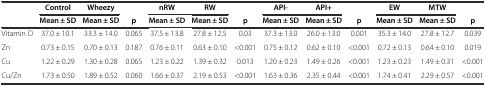
<table><thead><tr><td></td><td><b>Control</b></td><td><b>Wheezy</b></td><td></td><td><b>nRW</b></td><td><b>RW</b></td><td></td><td><b>API-</b></td><td><b>API+</b></td><td></td><td><b>EW</b></td><td><b>MTW</b></td><td></td></tr><tr><td></td><td><b>Mean ± SD</b></td><td><b>Mean ± SD</b></td><td><b>p</b></td><td><b>Mean ± SD</b></td><td><b>Mean ± SD</b></td><td><b>p</b></td><td><b>Mean ± SD</b></td><td><b>Mean ± SD</b></td><td><b>p</b></td><td><b>Mean ± SD</b></td><td><b>Mean ± SD</b></td><td><b>p</b></td></tr></thead><tbody><tr><td>Vitamin D</td><td>37.0 ± 10.1</td><td>33.3 ± 14.0</td><td>0.065</td><td>37.5 ± 13.8</td><td>27.8 ± 12.5</td><td>0.03</td><td>37.3 ± 13.0</td><td>26.0 ± 13.0</td><td>0.001</td><td>35.3 ± 14.0</td><td>27.8 ± 12.7</td><td>0.039</td></tr><tr><td>Zn</td><td>0.73 ± 0.15</td><td>0.70 ± 0.13</td><td>0.187</td><td>0.76 ± 0.11</td><td>0.63 ± 0.10</td><td>&lt;0.001</td><td>0.75 ± 0.12</td><td>0.62 ± 0.10</td><td>&lt;0.001</td><td>0.72 ± 0.13</td><td>0.64 ± 0.10</td><td>0.019</td></tr><tr><td>Cu</td><td>1.22 ± 0.29</td><td>1.30 ± 0.28</td><td>0.065</td><td>1.23 ± 0.22</td><td>1.39 ± 0.32</td><td>0.013</td><td>1.20 ± 0.23</td><td>1.49 ± 0.26</td><td>&lt;0.001</td><td>1.23 ± 0.23</td><td>1.49 ± 0.31</td><td>&lt;0.001</td></tr><tr><td>Cu/Zn</td><td>1.73 ± 0.50</td><td>1.89 ± 0.52</td><td>0.060</td><td>1.66 ± 0.37</td><td>2.19 ± 0.53</td><td>&lt;0.001</td><td>1.63 ± 0.36</td><td>2.35 ± 0.44</td><td>&lt;0.001</td><td>1.74 ± 0.41</td><td>2.29 ± 0.57</td><td>&lt;0.001</td></tr></tbody></table>